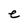
Character: e